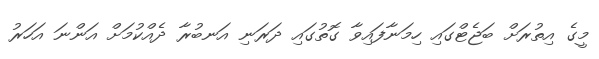
މީގެ އިތުރަށް ބަޖެޓްގައި ހިމަނާފައިވާ ގޮތުގައި ދަރަނި އަނބުރާ ދެއްކުމަށް އަންނަ އަހަރު